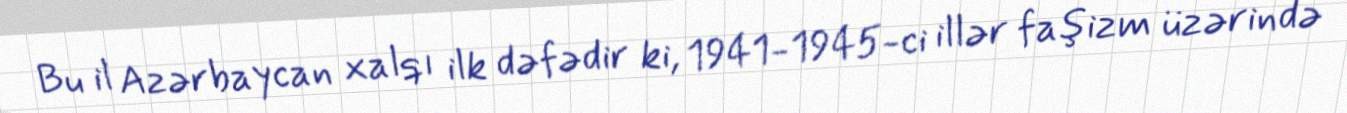
Bu il Azərbaycan xalqı ilk dəfədir ki, 1941-1945-ci illər faşizm üzərində